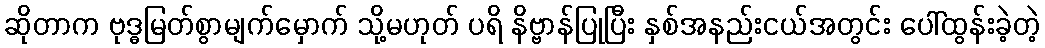
ဆိုတာက ဗုဒ္ဓမြတ်စွာမျက်မှောက် သို့မဟုတ် ပရိ နိဗ္ဗာန်ပြုပြီး နှစ်အနည်းငယ်အတွင်း ပေါ်ထွန်းခဲ့တဲ့